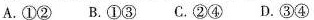
A.①② B.①③ C.②④ D.③④